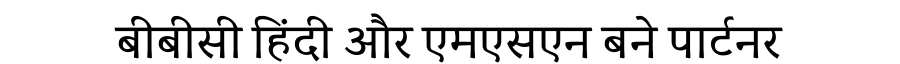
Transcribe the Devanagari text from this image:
बीबीसी हिंदी और एमएसएन बने पार्टनर